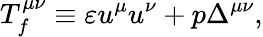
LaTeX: T_{f}^{\mu\nu}\equiv\varepsilon u^{\mu}u^{\nu}+p\Delta^{\mu\nu},